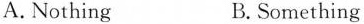
A.Nothing B.Something